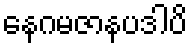
နေဂမဇာနပဒါပိ